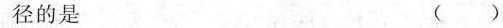
径的是 ( )